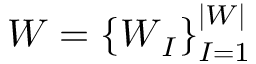
W = \left\{ \boldsymbol { W } _ { I } \right\} _ { I = 1 } ^ { | W | }